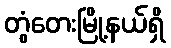
တွံတေးမြို့နယ်ရှိ